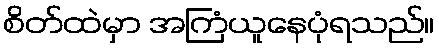
စိတ်ထဲမှာ အကြံယူနေပုံရသည်။